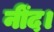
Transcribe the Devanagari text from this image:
नींद।